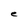
Character: e